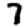
Digit: 7